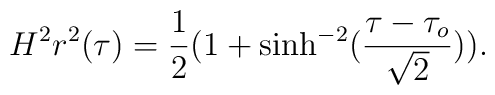
H^2r^2(\tau)=\frac{1}{2}(1+\sinh^{-2}(\frac{\tau-\tau_o}{\sqrt{2}})).